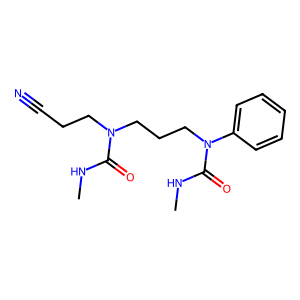
SMILES: CNC(=O)N(CCC#N)CCCN(C(=O)NC)c1ccccc1
Inhibits HIV replication: No